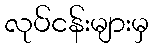
လုပ်ငန်းများမှ